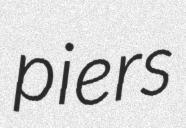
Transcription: piers